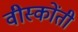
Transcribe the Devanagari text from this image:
वीस्कोंती